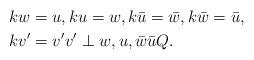
LaTeX: \begin{align*}&kw=u,ku=w,k\bar{u}=\bar{w},k\bar{w}=\bar{u},\\&kv'=v' v'\perp w,u,\bar{w}\bar{u} Q.\end{align*}